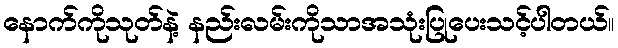
နောက်ကိုသုတ်နဲ့ နည်းလမ်းကိုသာအသုံးပြုပေးသင့်ပါတယ်။